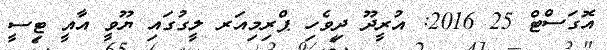
އޮގަސްޓް 25 2016: އުރީދޫ ދިވެހި ޕްރިމިއަރ ލީގުގައި ޔޫވީ އާއީ ޓިސީ